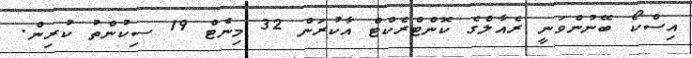
އިސްކޯ ބޭނުންވަނީ ރެއާލްގެ ކޮންޓްރެކްޓް އާކުރަން 32 މިނެޓް 19 ސިކުންތު ކުރިން.